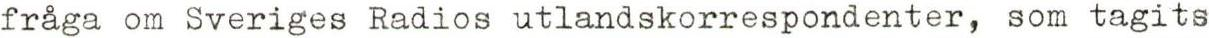
fråga om Sveriges Radios utlandskorrespondenter, som tagits